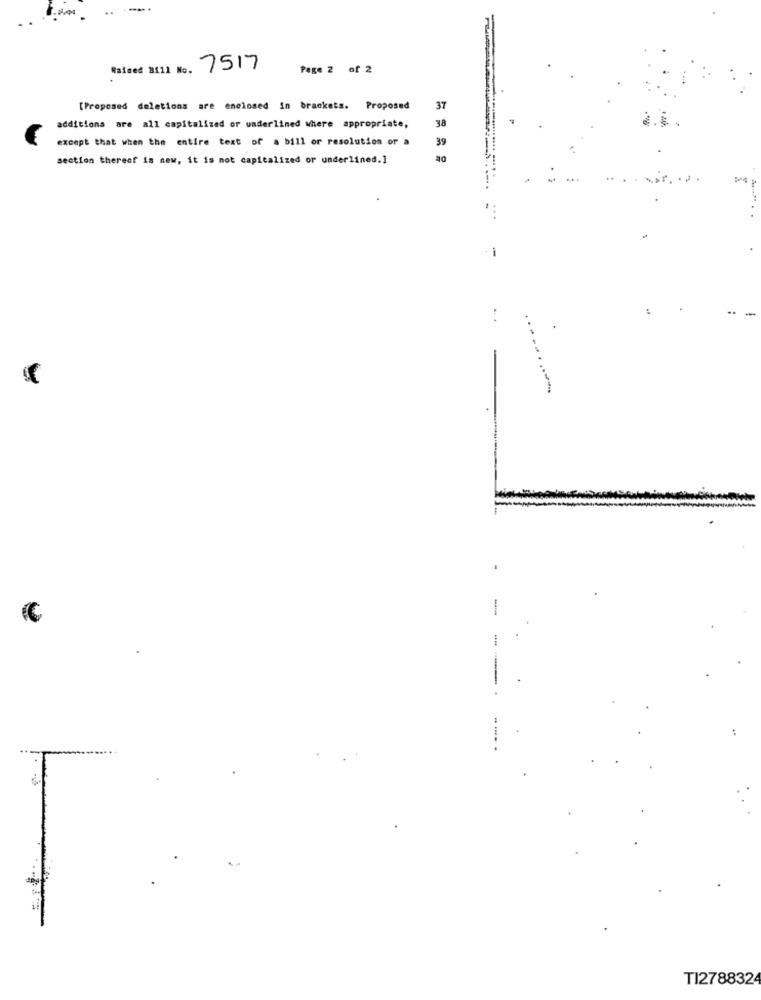
Raised 8111 No.
7517
Page 2 of 2
[Proposed deletions are enclosed in brackets. Proposed
37
additions are all capitalized or underlined where appropriate,
38
except that when the entire text of a bill or resolution or a
39
section thereof is new, it is not capitalized or underlined.]
....... .... .
-
-
1
TI2788324